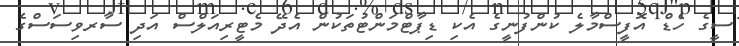
ސީގެ ހެޑް އޮފީސްމާލެ ކުންފުނީގެ އެކި ޑިޕާޓްމަންޓުތަކުން އެދޭ މެޓީރިއަލްސް އަދި ސާރވިސަސްގެ